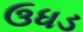
ઉધડ